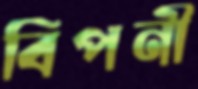
বিপনী